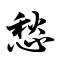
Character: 愁